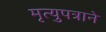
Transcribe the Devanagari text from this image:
मृत्युपत्राने